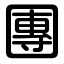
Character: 團